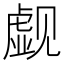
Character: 觑